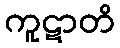
ကူဋာတိ